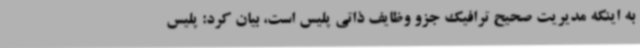
به اینکه مدیریت صحیح ترافیک جزو وظایف ذاتی پلیس است، بیان کرد: پلیس